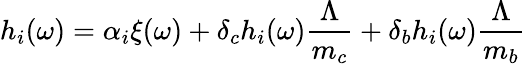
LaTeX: h_{i}(\omega)=\alpha_{i}\xi(\omega)+\delta_{c}h_{i}(\omega)\frac{\Lambda}{m_{c}}+\delta_{b}h_{i}(\omega)\frac{\Lambda}{m_{b}}